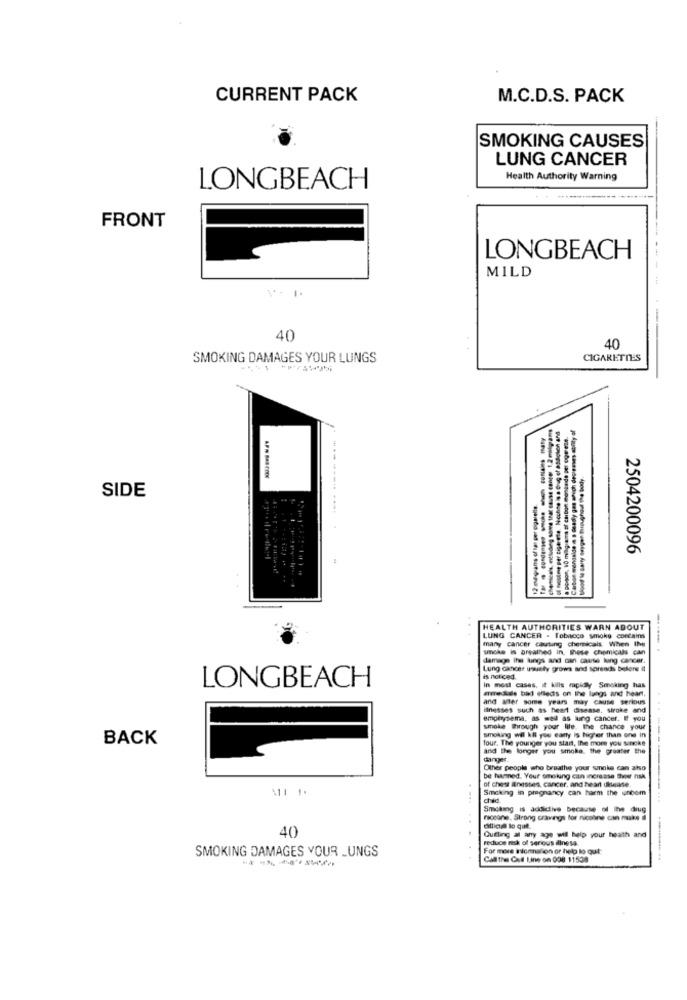
CURRENT PACK
M.C.D.S. PACK
SMOKING CAUSES
LUNG CANCER
Health Authority Warning
LONGBEACH
FRONT
LONGBEACH
MILD
40
40
SMOKING DAMAGES YOUR LUNGS
CIGARETTES
SIDE
-----------.
2504200096
-------
HEALTH AUTHORITIES WARN ABOUT
LUNG CANCER . Tobacco smoke contains
many cancer cauting chemicals When the
moke is areathed in. these chemicals can
damage Ihs lungs and can cause king cancer.
....... .
Lung cancer ussaty grows and spreads before it
LONGBEACH
is noticed.
In most cases, it kills rapidly Smoking has
emedkids bad efledis on the lungs and heart,
and after some years may cause serious
inesses such as heart disease. siroke and
emphysema, as well as lung cancer. If you
smoke Through your life. the chance your
BACK
smoking wil kill you early is higher than one in
four. The younger you start, the more you suncke
and the longer you smoke. the greater the
Other people who breathe your smoke can also
be harmed. Your smoking can increase theer nsx
Smoking in pregnancy can harm the uncom
of chest Inesses, cancer, and heart disease.
...
Smoking Is addictive because of Itwe drug
niceone. Strong cravings for nicoline can make il
40
ditlicia lo que.
reduce risk of serious illness.
Cutting al any age will help your health and
SMOKING DAMAGES YOUR _UNGS
For more information or help lo out
------
Call the Out Line on 008 11538